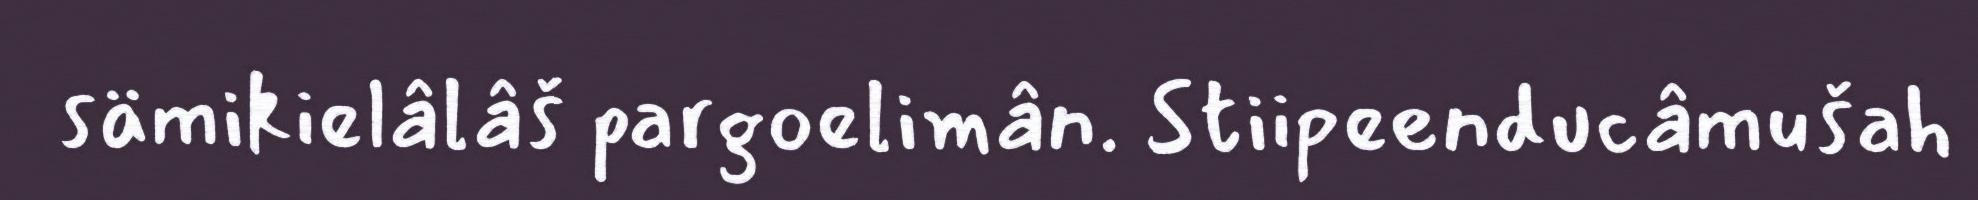
sämikielâlâš pargoelimân. Stiipeenducâmušah